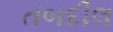
તબદીલ